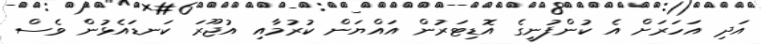
އަދި އަހަރަށް އެ ކުންފުނީގެ އޮޑިޓަރުން އައްޔަން ކުރުމާއި އުޖޫރަ ކަނޑައެޅުން ވެސް